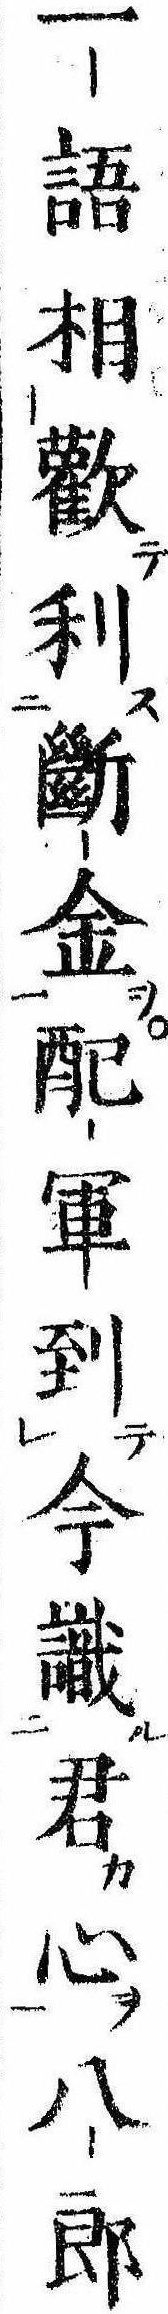
一語相歓利断金配軍到今識君心八郎